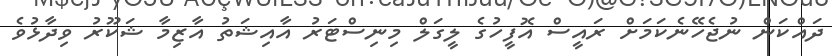
ދައްކަން ނުޖެހޭނެކަމަށް ރައީސް އޮފީހުގެ ލީގަލް މިނިސްޓަރު އާއިޝަތު އާޒިމާ ޝަކޫރު ވިދާޅުވެ